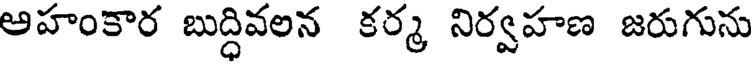
అహంకార బుద్ధివలన కర్మ నిర్వహణ జరుగును